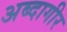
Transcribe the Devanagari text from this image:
अब्दागीर